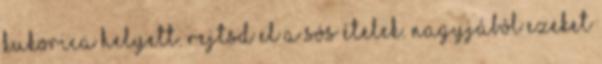
kukorica helyett. Rejtsd el a sós ételek. Nagyjából ezeket